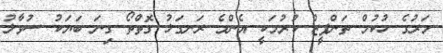
މަރުގެ ހުކުމް ތަންފީޒް ކުރުމަކީ އެންމެ ރަނގަޅު ގޮތްތޯ ގިނަ ބަޔަކު ސުވާލު